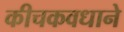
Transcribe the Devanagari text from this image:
कीचकवधाने